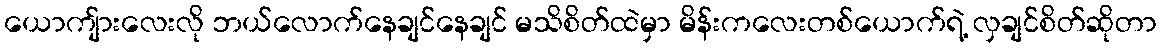
ယောကျ်ားလေးလို ဘယ်လောက်နေချင်နေချင် မသိစိတ်ထဲမှာ မိန်းကလေးတစ်ယောက်ရဲ့ လှချင်စိတ်ဆိုတာ